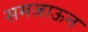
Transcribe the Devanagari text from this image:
समजाऊन